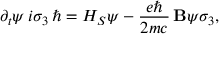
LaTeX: \partial _ { t } \psi \, i \sigma _ { 3 } \, \hbar = H _ { S } \psi - { \frac { e \hbar } { 2 m c } } \, \mathbf { B } \psi \sigma _ { 3 } ,